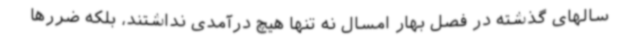
سالهای گذشته در فصل بهار امسال نه تنها هیچ درآمدی نداشتند، بلکه ضررها